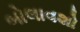
બોલાવશો